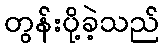
တွန်းပို့ခဲ့သည်